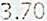
3.70